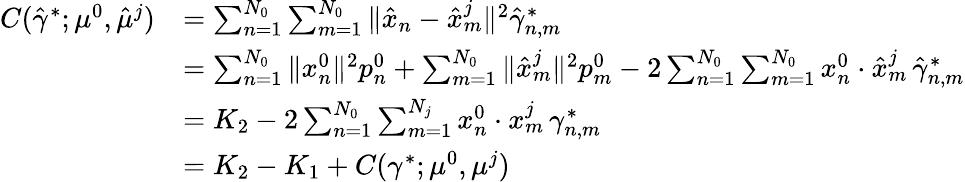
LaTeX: \begin{array}{rl}{C(\hat{\gamma}^{*};\mu^{0},\hat{\mu}^{j})}&{=\sum_{n=1}^{N_{0}}\sum_{m=1}^{N_{0}}\| \hat{x}_{n}-\hat{x}_{m}^{j}\| ^{2}\hat{\gamma}_{n,m}^{*}}\\ &{=\sum_{n=1}^{N_{0}}\| x_{n}^{0}\| ^{2}p_{n}^{0}+\sum_{m=1}^{N_{0}}\| \hat{x}_{m}^{j}\| ^{2}p_{m}^{0}-2\sum_{n=1}^{N_{0}}\sum_{m=1}^{N_{0}}x_{n}^{0}\cdot\hat{x}_{m}^{j}\, \hat{\gamma}_{n,m}^{*}}\\ &{=K_{2}-2\sum_{n=1}^{N_{0}}\sum_{m=1}^{N_{j}}x_{n}^{0}\cdot x_{m}^{j}\, \gamma_{n,m}^{*}}\\ &{=K_{2}-K_{1}+C(\gamma^{*};\mu^{0},\mu^{j})}\end{array}